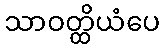
သာဝတ္ထိယံပေ